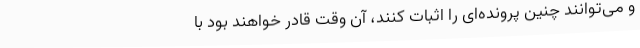
و می‌توانند چنین پرونده‌ای را اثبات کنند، آن وقت قادر خواهند بود با